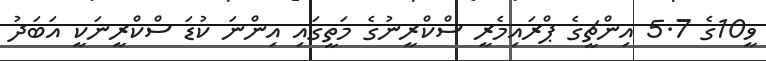
ވީ10ގެ 5.7 އިންޗީގެ ޕްރައިމެރީ ސްކްރީނުގެ މަތީގައި އިންނަ ކުޑަ ސްކްރީނަކީ އަބަދު